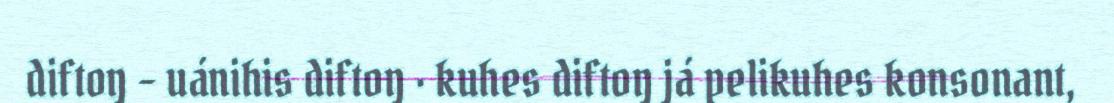
diftoŋ – uánihis diftoŋ · kuhes diftoŋ já pelikuhes konsonant,